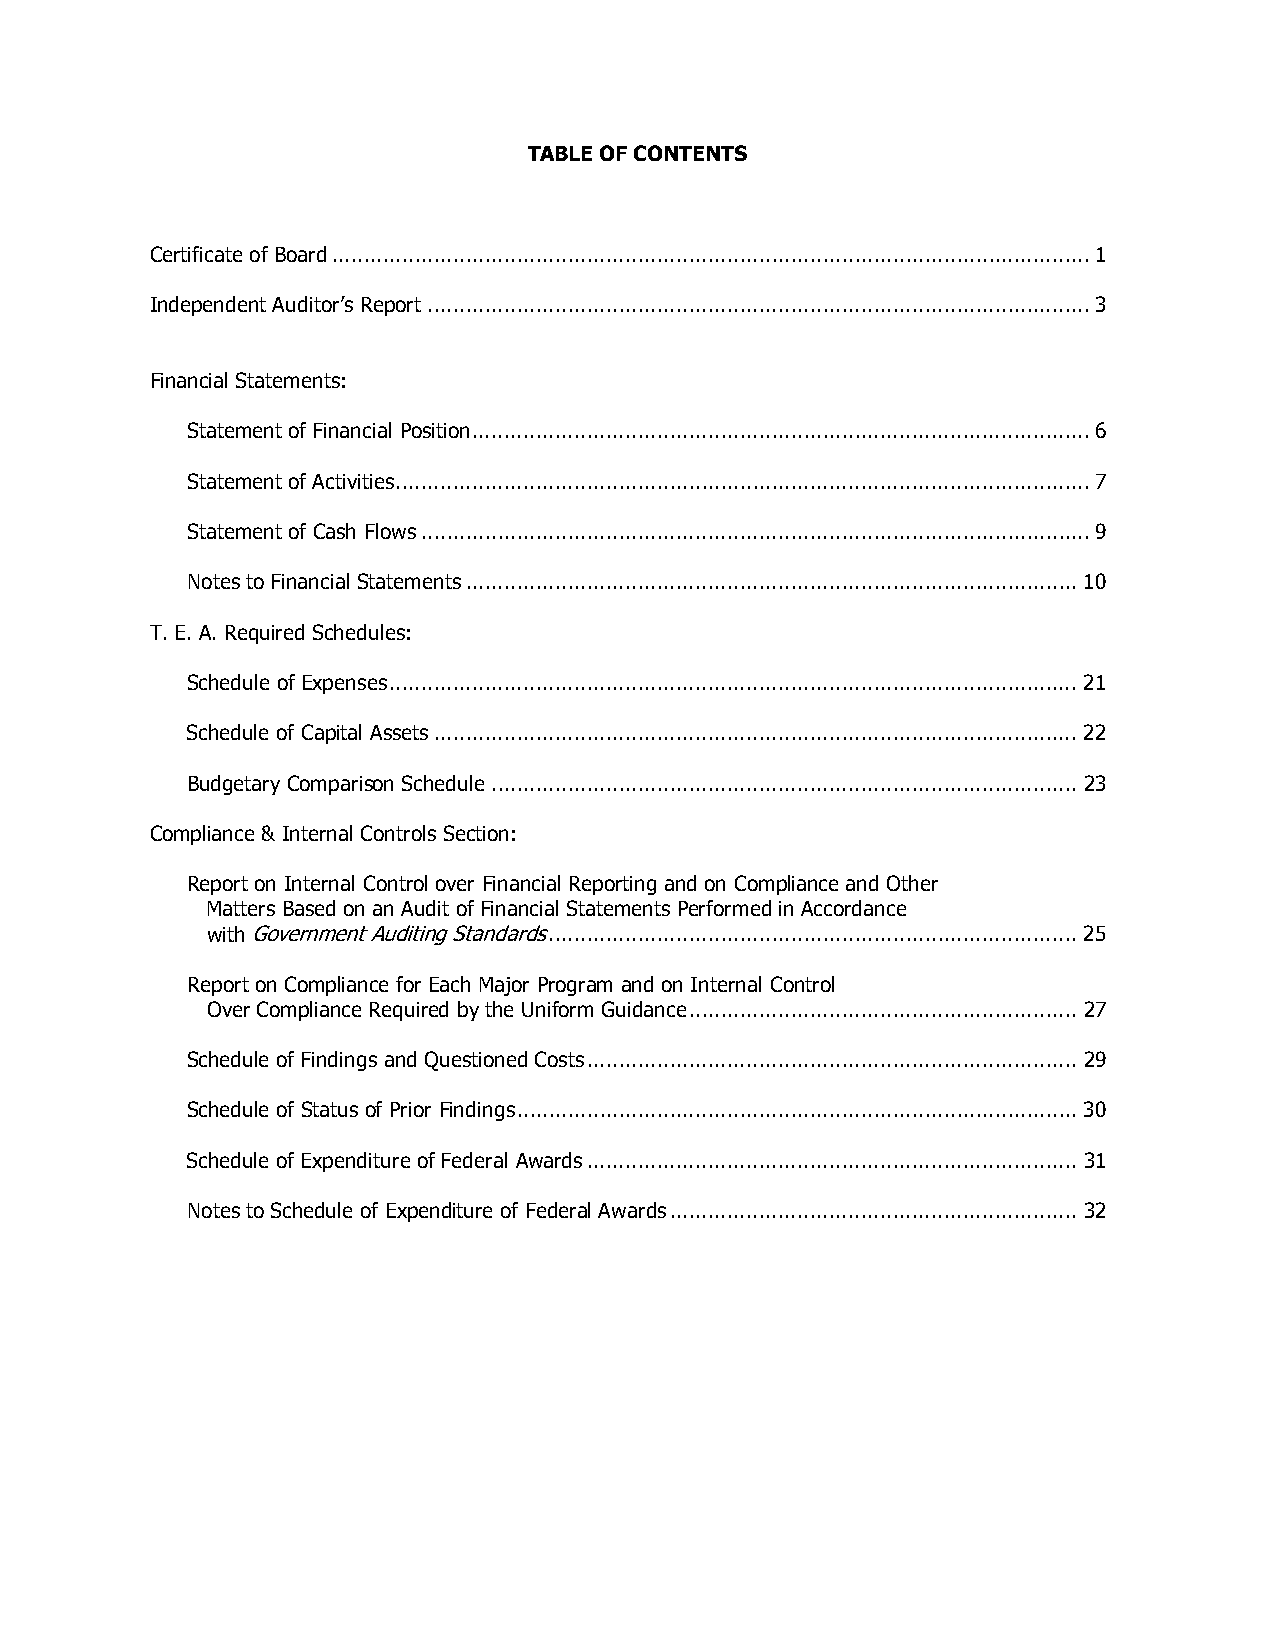
TABLE OF CONTENTS
 Certificate of Board ....................................................................................................................... 1
 Independent Auditor’s Report ........................................................................................................ 3
 Financial Statements:
 Statement of Financial Position ................................................................................................. 6
 Statement of Activities ............................................................................................................. 7
 Statement of Cash Flows ......................................................................................................... 9
 Notes to Financial Statements ................................................................................................ 10
 T. E. A. Required Schedules:
 Schedule of Expenses ............................................................................................................ 21
 Schedule of Capital Assets ..................................................................................................... 22
 Budgetary Comparison Schedule ............................................................................................ 23
 Compliance & Internal Controls Section:
 Report on Internal Control over Financial Reporting and on Compliance and Other
 Matters Based on an Audit of Financial Statements Performed in Accordance
 with Government Auditing Standards ................................................................................... 25
 Report on Compliance for Each Major Program and on Internal Control
 Over Compliance Required by the Uniform Guidance ............................................................. 27
 Schedule of Findings and Questioned Costs ............................................................................. 29
 Schedule of Status of Prior Findings ........................................................................................ 30
 Schedule of Expenditure of Federal Awards ............................................................................. 31
 Notes to Schedule of Expenditure of Federal Awards ................................................................ 32